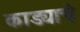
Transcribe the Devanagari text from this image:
काड्याचे